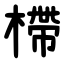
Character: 㯂